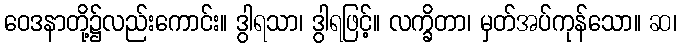
ဝေဒနာတို့၌လည်းကောင်း။ ဒွါရသာ၊ ဒွါရဖြင့်။ လက္ခိတာ၊ မှတ်အပ်ကုန်သော။ ဆ၊